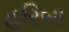
હરિબા